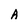
Character: A